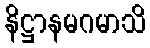
နိဋ္ဌာနမဂမာသိ